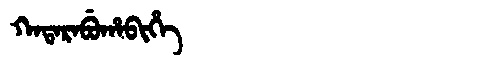
Manchu: ᡴᠠᡨᠠᡵᠠᠪᡠᡥᠠᠪᡳᡥᡝ
Romanization: KATARABUHABIHE